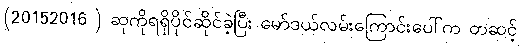
(20152016 ) ဆုကိုရရှိပိုင်ဆိုင်ခဲ့ပြီး မော်ဒယ်လမ်းကြောင်းပေါ်က တဆင့်